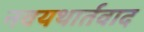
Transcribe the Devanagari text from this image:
नवयथार्तवाद